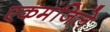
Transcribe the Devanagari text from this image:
एकमंजिले